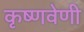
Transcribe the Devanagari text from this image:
कृष्णवेणी